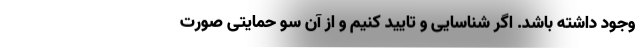
وجود داشته باشد. اگر شناسایی و تایید کنیم و از آن سو حمایتی صورت